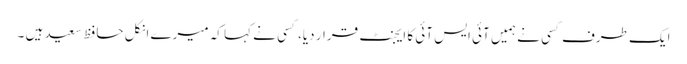
ایک طرف کسی نے ہمیں آئی ایس آئی کا ایجنٹ قرار دیا، کسی نے کہا کہ میرے انکل حافظ سعید ہیں ۔